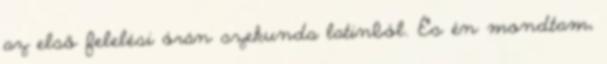
az első felelési órán szekunda latinból. És én mondtam,